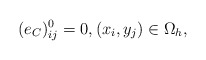
\begin{align*} (e_C)_{ij}^{0}=0,(x_i,y_j)\in\Omega_h, \end{align*}